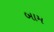
બામ